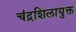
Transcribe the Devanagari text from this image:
चंद्रशिलायुक्त